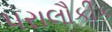
પરાલૌકીક